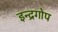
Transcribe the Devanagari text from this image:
इन्द्रगोप